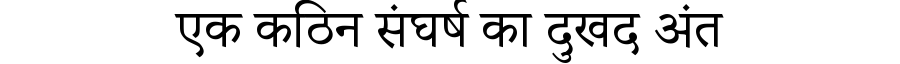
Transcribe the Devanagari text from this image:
एक कठिन संघर्ष का दुखद अंत